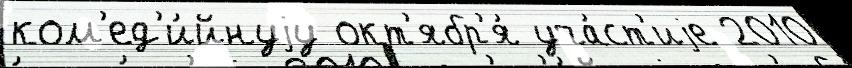
ком'ед'и́йнуjу окт'ябр'я́ уча́ст'иjе 2010